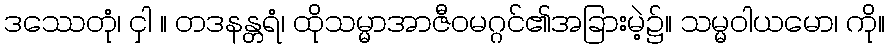
ဒဿေတုံ၊ ငှါ ။ တဒနန္တရံ၊ ထိုသမ္မာအာဇီဝမဂ္ဂင်၏အခြားမဲ့၌။ သမ္မဝါယမော၊ ကို။